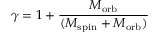
\gamma = 1 + { \frac { M _ { \mathrm { o r b } } } { ( M _ { \mathrm { s p i n } } + M _ { \mathrm { o r b } } ) } }